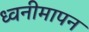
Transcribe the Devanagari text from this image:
ध्वनीमापन